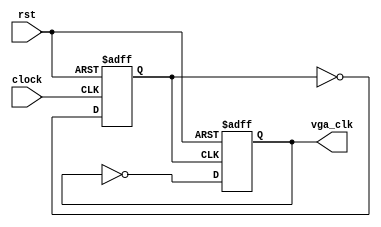
module clk_div(
    input clock,
    input rst,
    output reg vga_clk
);
    reg clk_tmp;
    always @(posedge clk_tmp or posedge rst) begin
        if (rst)
            vga_clk <= 0;
        else
            vga_clk <= ~vga_clk;
    end
    always @(posedge clock or posedge rst) begin
        if (rst)
            clk_tmp <= 0;
        else
            clk_tmp <= ~clk_tmp;
    end
endmodule